Leaving Certificate, 1896
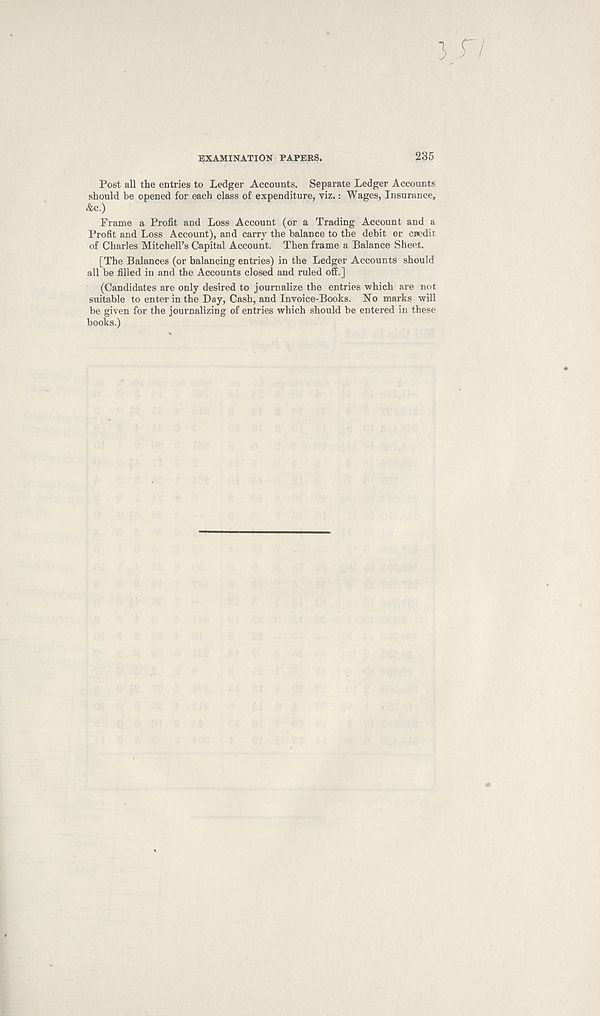
3
EXAMINATION PAPERS.
235
Post all the entries to Ledger Accounts. Separate Ledger Accounts
should be opened for each class of expenditure, viz.: Wages, Insurance,
&c.)
Frame a Profit and Loss Account (or a Trading Account and a
Profit and Loss Account), and carry the balance to the debit or credit
of Charles Mitchell’s Capital Account. Then frame a Balance Sheet.
[The Balances (or balancing entries) in the Ledger Accounts should
all be filled in and the Accounts closed and ruled off.]
(Candidates are only desired to journalize the entries which are not
suitable to enter in the Day, Cash, and Invoice-Books. No marks will
be given for the journalizing of entries which should be entered in these
books.)